Leaving Certificate Examination, 1920
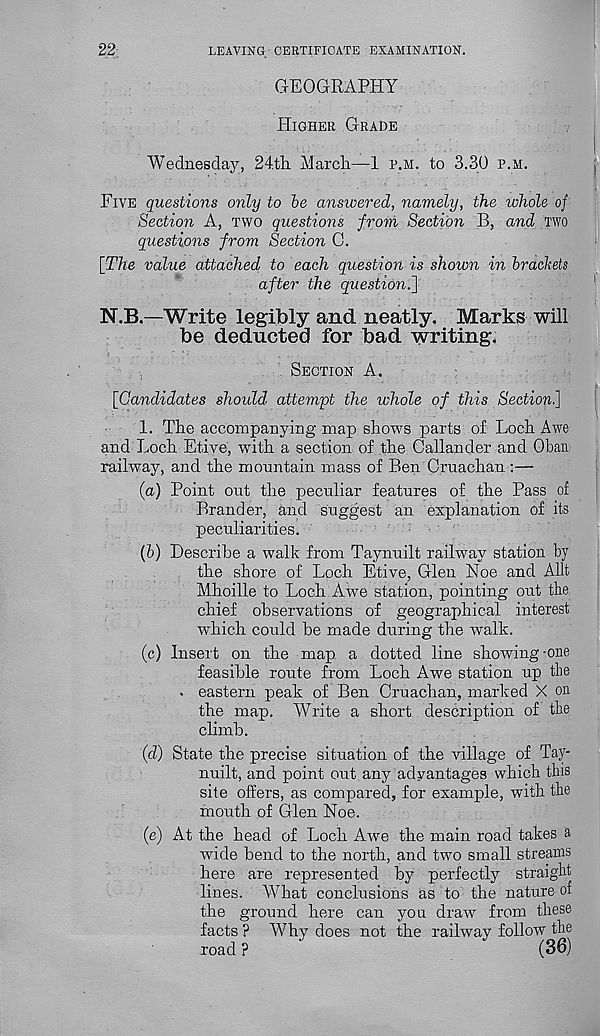
22.
LEAVING CERTIFICATE EXAMINATION.
GEOGRAPHY
HIGHER GRADE
Wednesday, 24.t]i March—1 P.M. to 3.30 P.M.
FIVE questions only to be answered, namely, the whole of
Section A, TWO questions from Section B, and TWO
questions from Section G.
[The value attached to each question is shown in brackets
after the question.']
N.B.—Write legibly and neatly. Marks will
be deducted for bad writing.
SECTION A.
[Candidates should, attempt the whole of this Section.]
1. The accompanying map shows parts of Loch Awe
and Loch Etive, -with a section of the Callander and Oban
railway, and the mountain mass of Ben Cruachan :—
(a) Point out the peculiar features of the Pass of
Brander, and suggest an explanation of its
peculiarities.
(b) Describe a walk from Taynuilt railway station by
the shore of Loch Etive, Glen Noe and Allt
Mhoille to Loch Awe station, pointing out the
chief observations of geographical interest
which could be made during the walk.
(c) Insert on the map a dotted line showing-one
feasible route from Loch Awe station up the
. eastern peak of Ben Cruachan, marked X on
the map. Write a short description of the
climb.
(d) State the precise situation of the village of Tay-
nuilt, and point out any advantages which this
site offers, as compared, for example, with the
mouth of Glen Noe.
(e) At the head of Loch Awe the main road takes a
wide bend to the north, and two small streams
here are represented by perfectly straight
lines. What conclusions as to the nature of
the ground here can you draw from these
facts ? Why does not the railway follow the
road ?
(36)